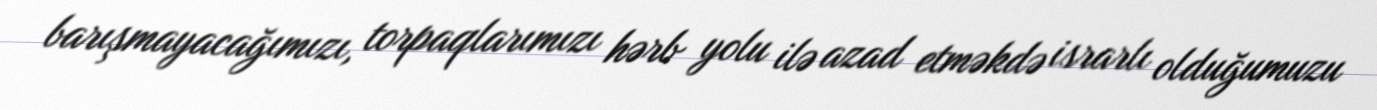
barışmayacağımızı, torpaqlarımızı hərb yolu ilə azad etməkdə israrlı olduğumuzu